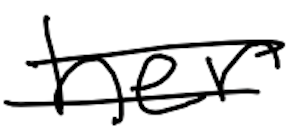
Text: her
Cross-out: double-line
Writing tool: digital_black